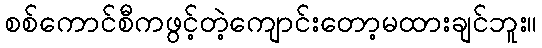
စစ်ကောင်စီကဖွင့်တဲ့ကျောင်းတော့မထားချင်ဘူး။